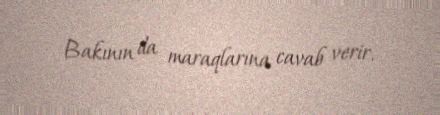
Bakının da maraqlarına cavab verir.